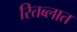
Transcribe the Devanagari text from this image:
रितब्लात